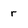
Character: r